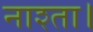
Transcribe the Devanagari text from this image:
नाश्ता।